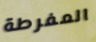
المفرطة